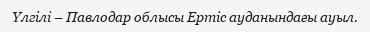
Үлгілі – Павлодар облысы Ертіс ауданындағы ауыл.